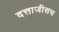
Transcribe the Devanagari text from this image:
दत्ताजीसच